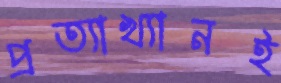
প্রত্যাখ্যানই